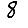
Digit: 8